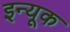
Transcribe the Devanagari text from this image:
इन्यूक